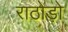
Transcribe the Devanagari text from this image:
राठोड़ो